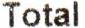
TOTAL